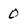
Character: 0